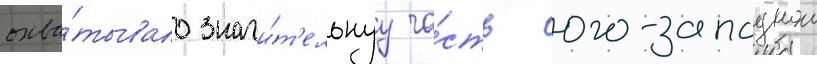
охва́тывало значи́т'ельнуу ча́сть юго-западнои